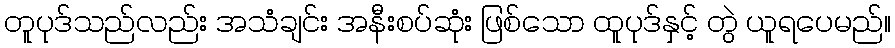
တူပုဒ်သည်လည်း အသံချင်း အနီးစပ်ဆုံး ဖြစ်သော ထူပုဒ်နှင့် တွဲ ယူရပေမည်။